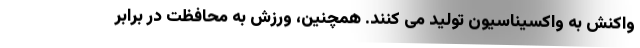
واکنش به واکسیناسیون تولید می کنند. همچنین، ورزش به محافظت در برابر